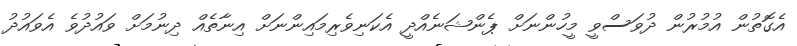
އެގޮތުން އުމުރުން ދުވަސްވީ މީހުންނަށް ޕެންޝަނެއްދީ އެކަނިވެރިމައިންނަށް އިނާތެއް ދިނުމަށް ވައުދުވެ އެވައުދު